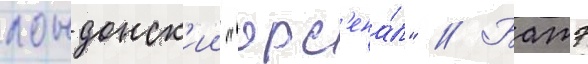
лондонск'ии "арс'ена́л" // Батэ